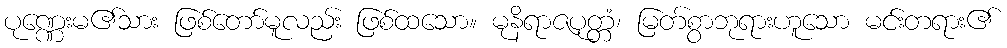
ပုဏ္ဏေးမ၏သား ဖြစ်တော်မူလည်း ဖြစ်ထသော။ မုနိရာဇပုတ္တံ၊ မြတ်စွာဘုရားဟူသော မင်းတရား၏